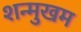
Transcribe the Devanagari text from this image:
शन्मुखम